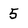
Character: 5